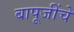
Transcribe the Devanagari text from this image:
बापूजींचे